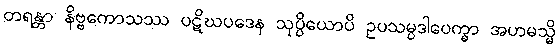
တရန္တာ နိဗ္ဗကောသဿ ပဋိဃပဒေန သုပ္ပိယောပိ ဥပသမ္ပဒါပေက္ခာ အဟမသ္မိ